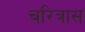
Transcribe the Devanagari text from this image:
चरित्रास